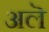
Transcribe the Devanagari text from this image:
अलॆ